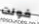
فولت